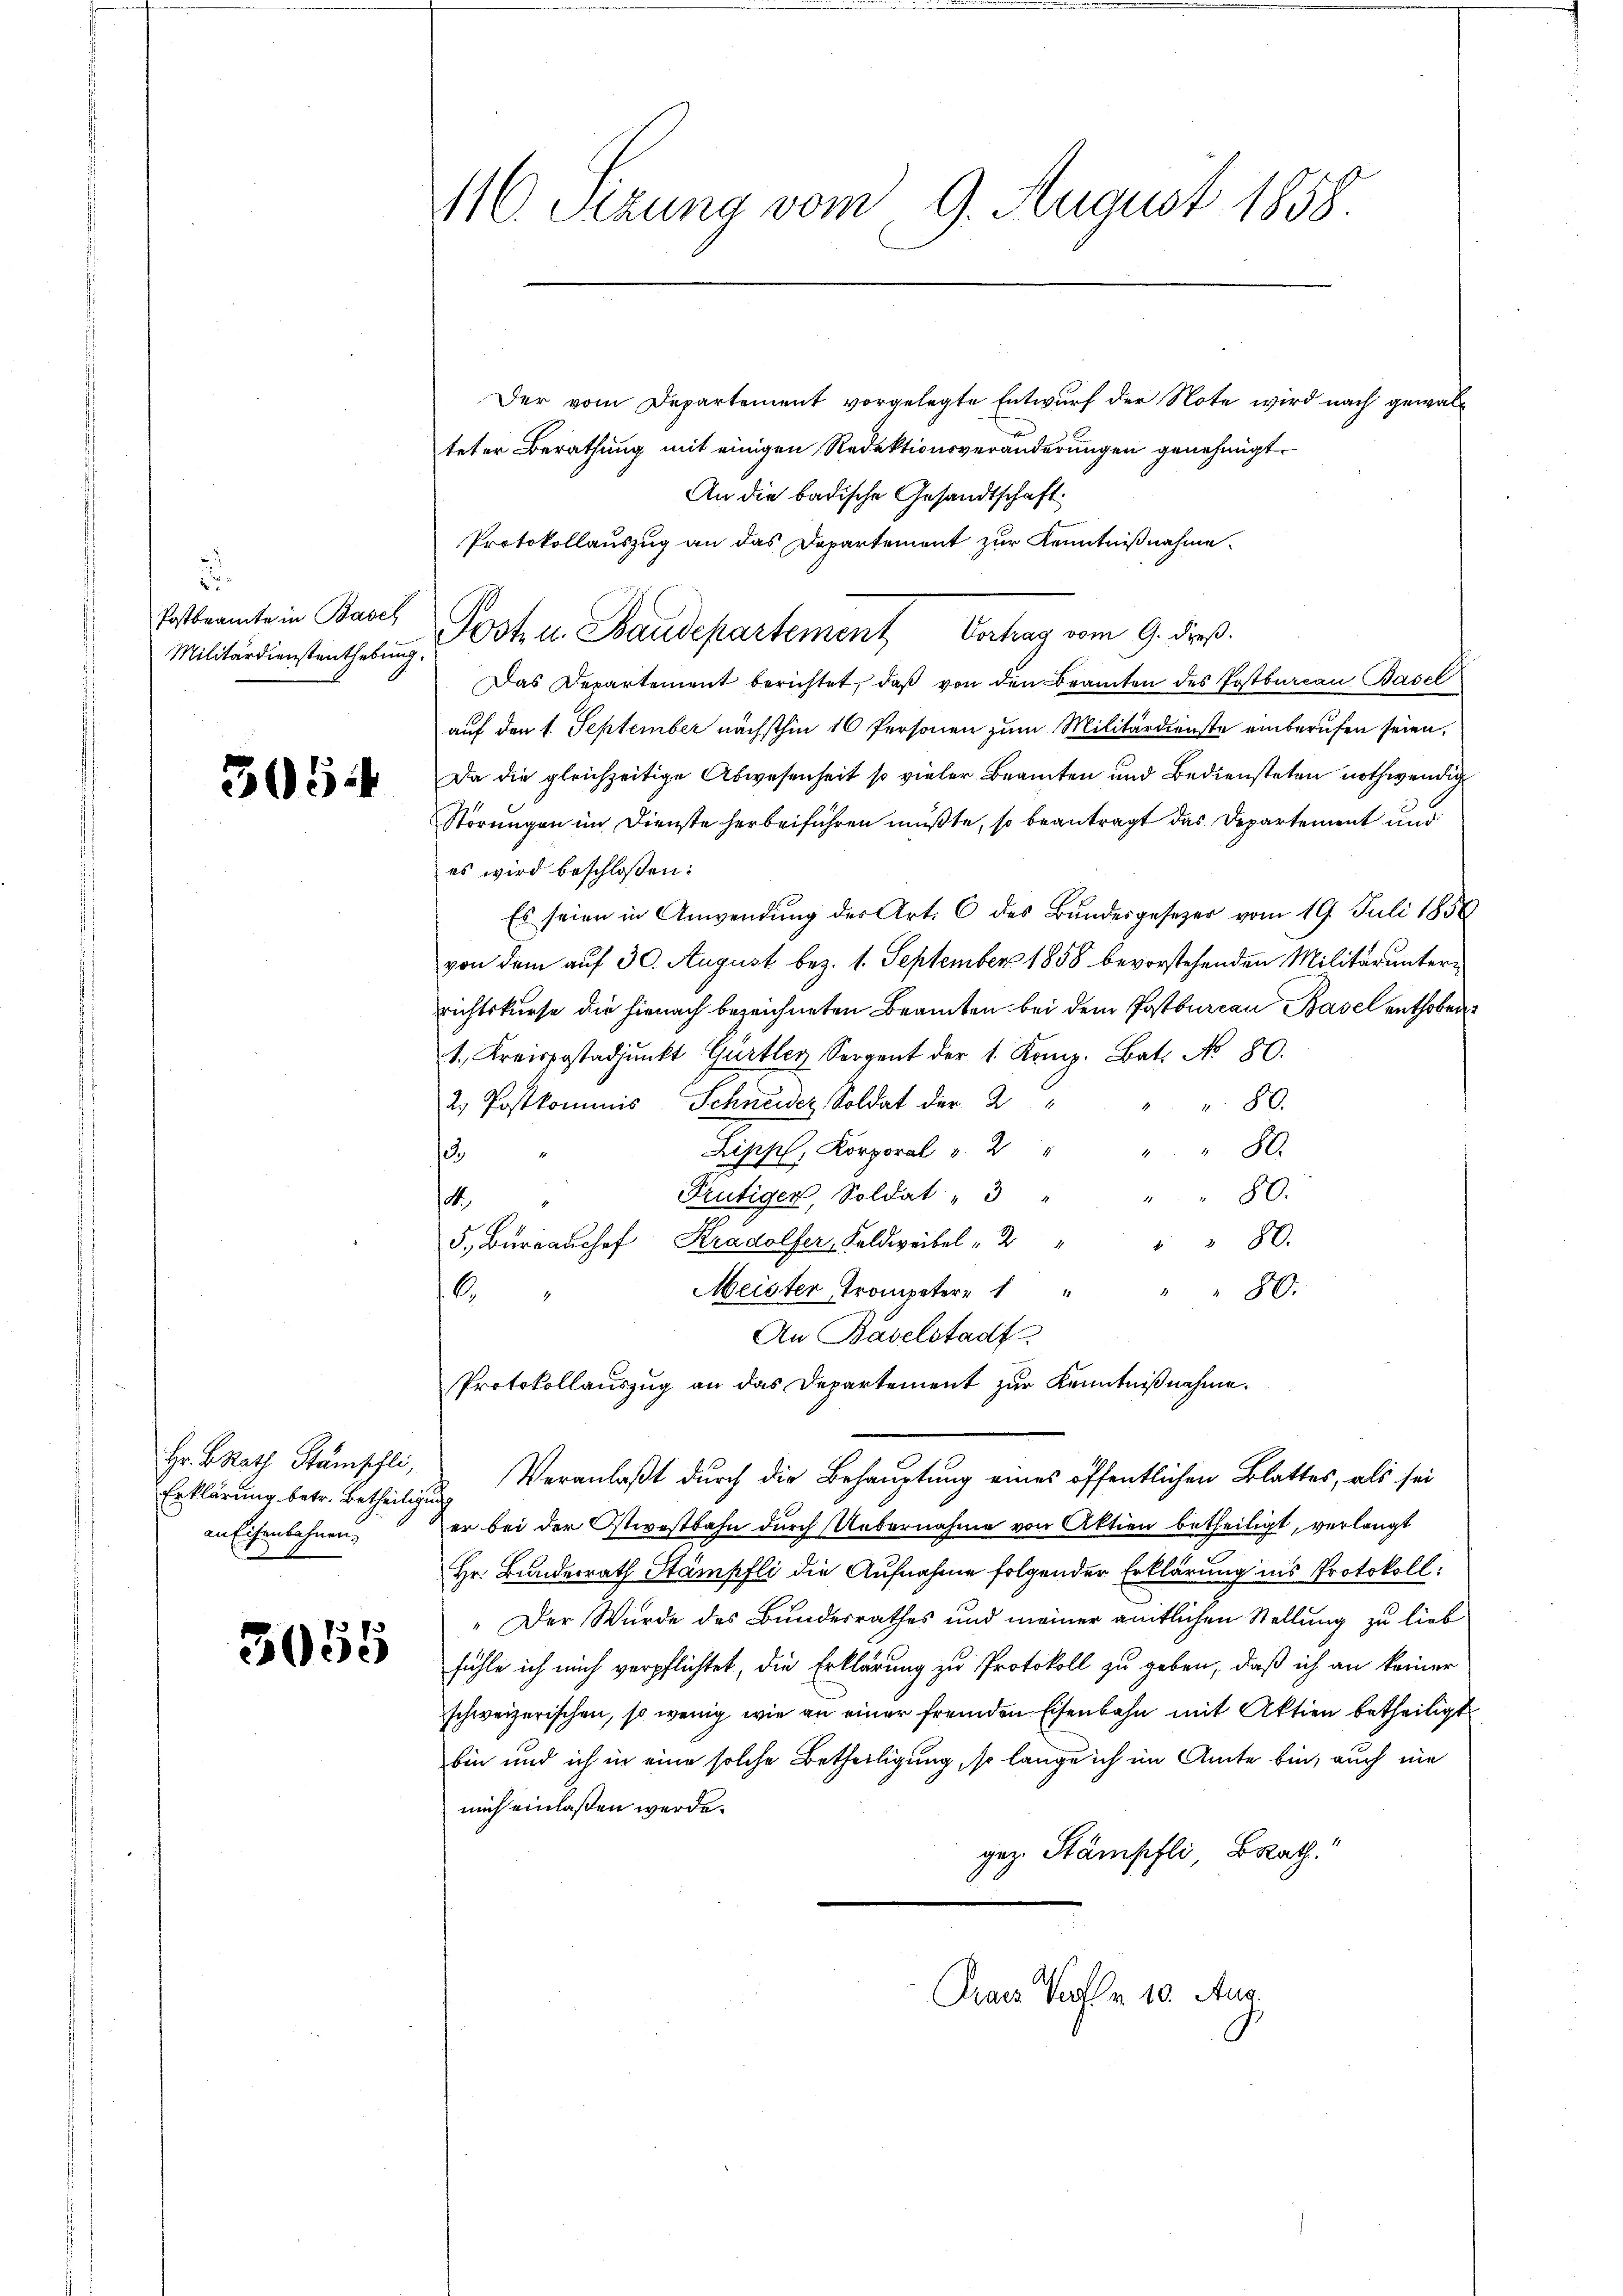
.
Postbrannte in Basel
Militärdienstenthebung.

305.

Hr. B. Rath Stämschli,
Erklärung betr. Betheiligu
an Eisenbahnen,

3055

M10. Sezung vom 9. August 1858

Der vom Departement vorgelegte Entwurf der Note wird nach gewalteter Berathung mit einigen Redektionsveränderungen genehmigt.
An die badische Gesandtschaft.
Protokollauszug an das Departement zur Kenntnißnahme
Das Departement berichtet, daß von den Beamten des Postbureau Basel
auf den 1. September nächsthin 10 Personen zum Militärdienste einberufen seien.
Da die gleichzeitige Abwesenheit so vieler Beamten und Bediensteten nothwendig
Störungen im Dienste herbeiführen müßte, so beantragt das Departement und
es wird beschloßen:
Es seien in Anwendung des Art. 6 des Bundesgesezer vom 19. Juli 1858
von dem auf 30. August bez. 1. September 1858 bevorstehenden Militarunterrichtskurse die hienach bezeichneten Beamten bei dem Postbureau Basel enthoben
1. Kreispostadjunkt Gurtler, Sorgent der 1. Komp. Bat. No. 80.
2. Postkommnis Schneider Soldat der 2
 80.
80.
Lipps, Korporal v. 2
o
Frutiger, Soldat " 3 "
80.
M.
80.
5. Bureaushof Kradolfer, Feldweibel " 2
Meister Trompeter " " " " " 80.
6.
An Baselstadt
Protokollauszug an das Departement zur Kenntnißnahme.
Veranlaßt durch die Behauptung eines öffentlichen Blattes, als sei
¬
er bei der Ostwvostbahn durch Uebernahme von Aktien betheiligt, verlangt
Hr. Bundesrath Stämpfli die Aufnahme folgender Erklärung ins Protokoll:
" Der Wurde des Bundesrathes und meiner amtlichen Stellung zu lieb
fühle ich mich verpflichtet, die Erklärung zu Protokoll zu geben, daß ich an keiner
schweizerischen, so wenig wie an einer fremden Eisenbahn mit Aktien betheiligt
bin und ich in eine solche Betheiligung, so lange ich im Amte bin, auch nie
mich einlaßen werde.
gez. Stämpfli, Brath.
raus Verln. 10. Aus

Postu Baudepartement Vortrag vom 9. dr.